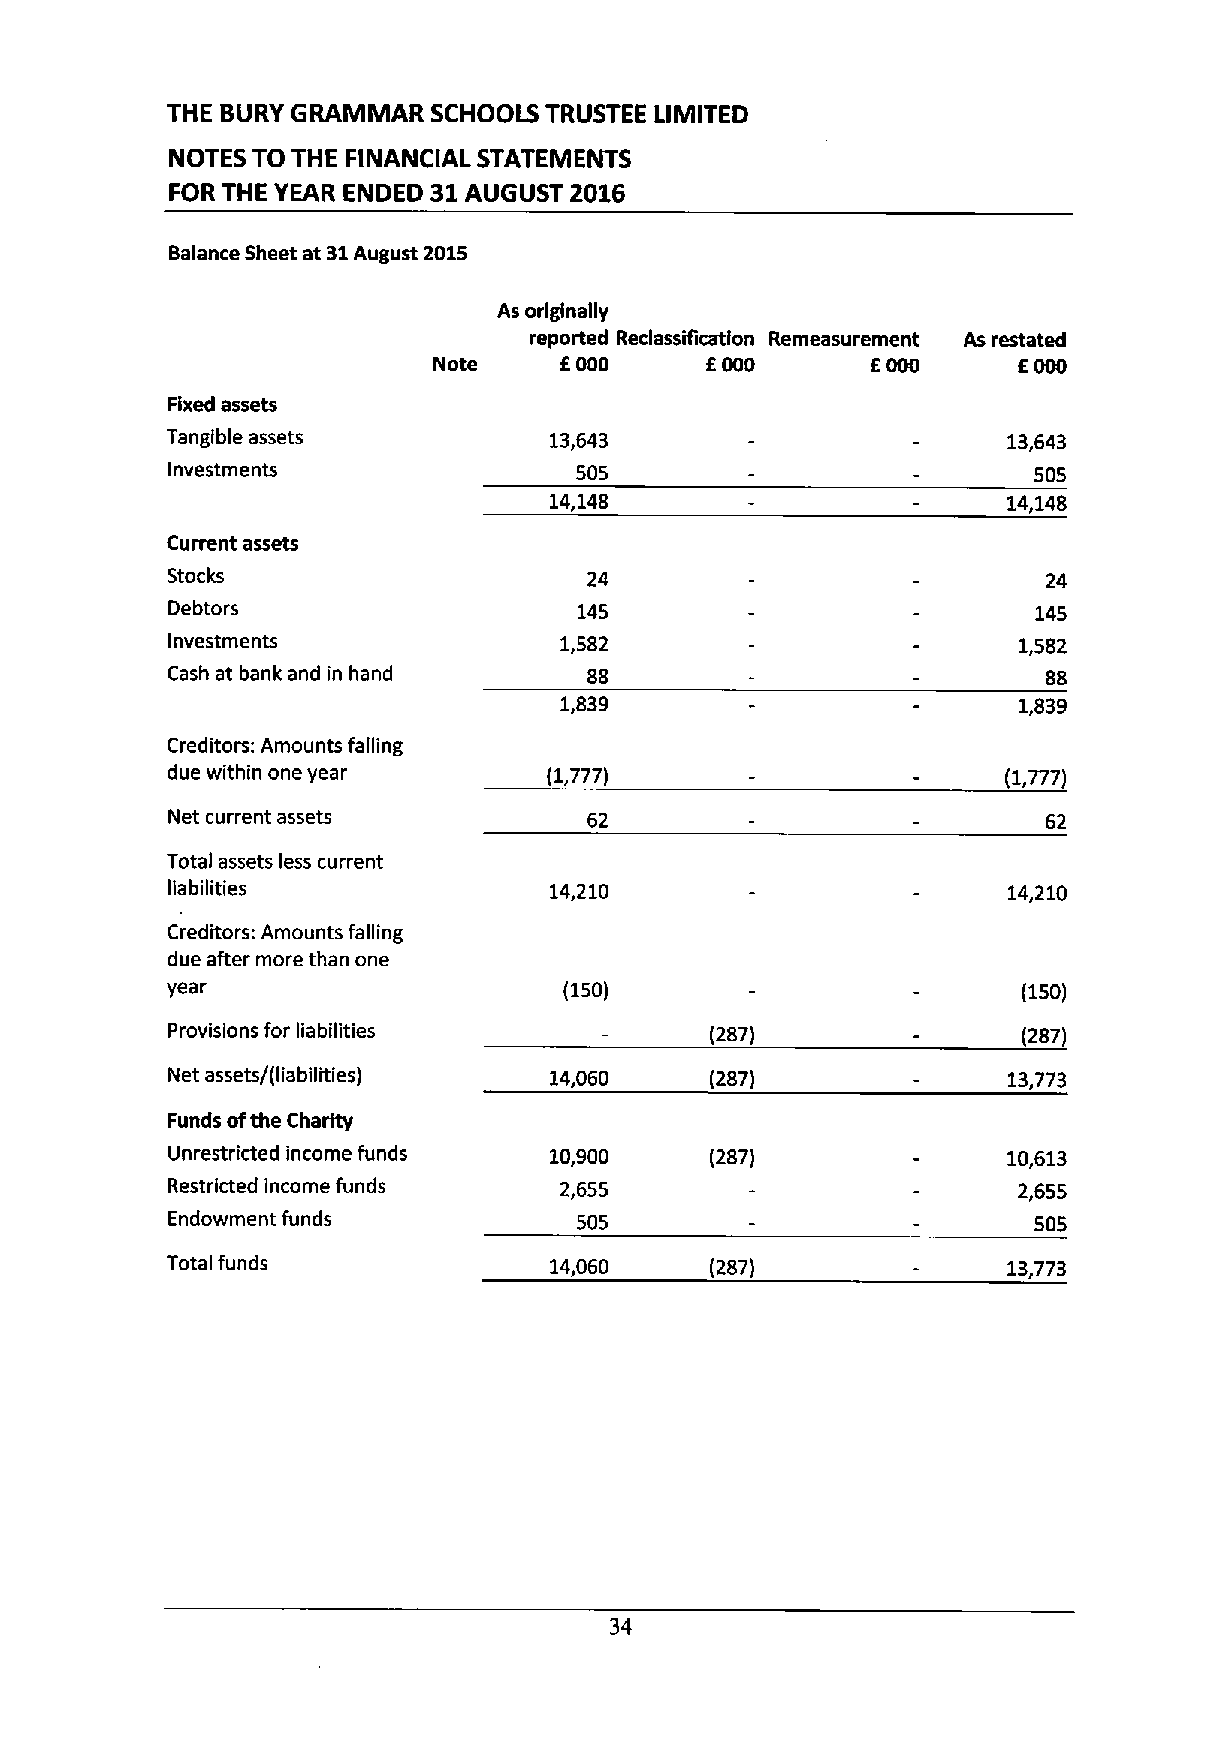
THE BURY GRAMMAR  SCHOOLS TRUSTEE LIMITED
 NOTES TO THE FINANCIAL STATEMENTS
 FOR THE YEAR ENDED 31 AUGUST 2016
 Balance Sheet at 31August 2015
 As originally
 reported Reclassificatlon Remeasurement As restated
 Note    E000      6000       6000     6000
 Fixed assets
 Tangible assets          13,643                         13,643
 Investments                505                           505
 14,148                         14,148
 Current assets
 Stocks                      24                            24
 Debtors                    145                           145
 Investments               1,582                         1,582
 Cash at bank and in hand    88                            88
 1,839                         1,839
 Creditors: Amounts falling
 due within one year      (1,777)                       (1,777)
 Net current assets          62                            62
 Total assets less current
 liabilities              14,210                         14,210
 Creditors: Amounts falling
 due after more than one
 year                      (150)                          (150)
 Provisions for liabilities          (287)                (287)
 Net assets/(liabilities) 14,060     (287)               13,773
 Funds ofthe Charity
 Unrestricted income funds 10,900    (287)               10,613
 Restricted income funds   2,655                         2,655
 Endowment funds            505                           505
 Total funds              14,060     (287)               13,773
 34